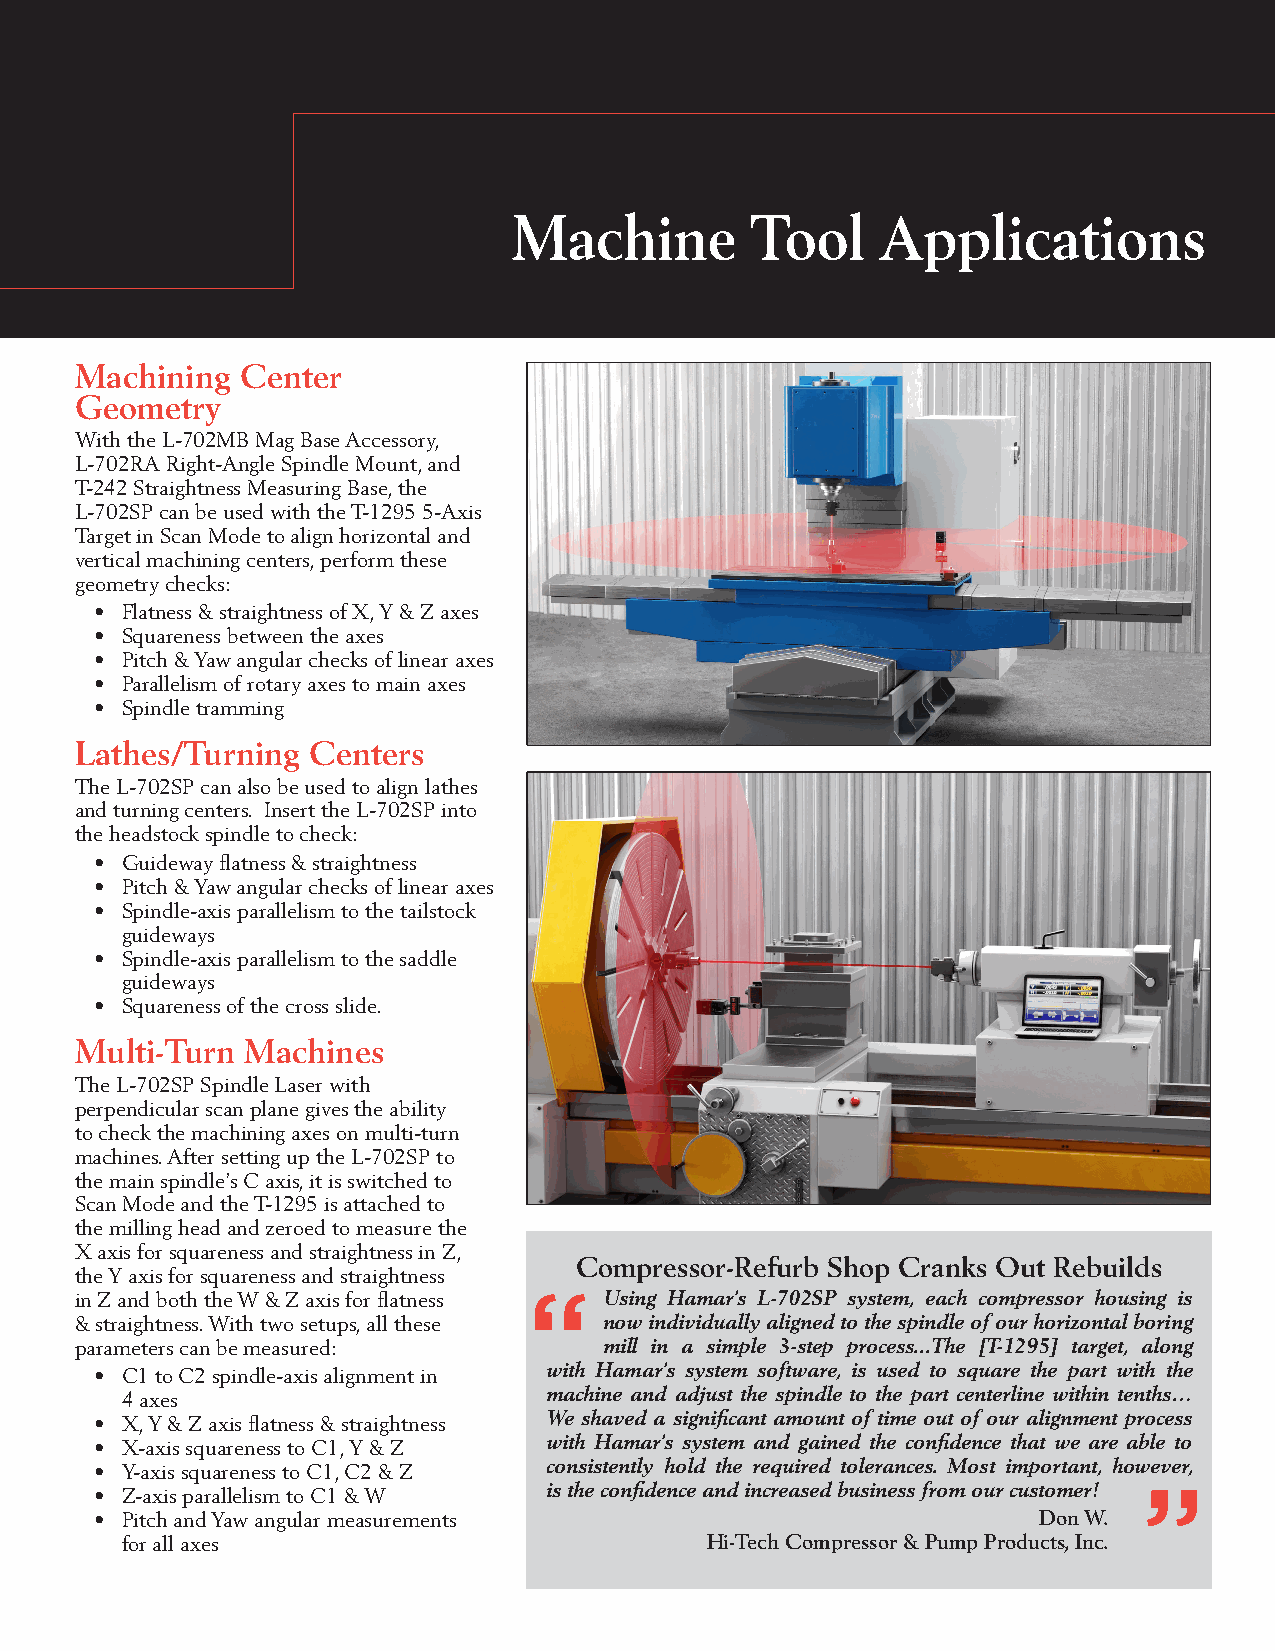
Machine         Tool    Applications
 Machining  Center
 Geometry
 With the L-702MB Mag Base Accessory,
 L-702RA Right-Angle Spindle Mount, and
 T-242 Straightness Measuring Base, the
 L-702SP can be used with the T-1295 5-Axis
 Target in Scan Mode to align horizontal and
 vertical machining centers, perform these
 geometry checks:
 • Flatness & straightness of X, Y & Z axes
 • Squareness between the axes
 • Pitch & Yaw angular checks of linear axes
 • Parallelism of rotary axes to main axes
 • Spindle tramming
 Lathes/Turning Centers
 The L-702SP can also be used to align lathes
 and turning centers. Insert the L-702SP into
 the headstock spindle to check:
 • Guideway flatness & straightness
 • Pitch & Yaw angular checks of linear axes
 • Spindle-axis parallelism to the tailstock
 guideways
 • Spindle-axis parallelism to the saddle
 guideways
 • Squareness of the cross slide.
 Multi-Turn Machines
 The L-702SP Spindle Laser with
 perpendicular scan plane gives the ability
 to check the machining axes on multi-turn
 machines. After setting up the L-702SP to
 the main spindle’s C axis, it is switched to
 Scan Mode and the T-1295 is attached to
 the milling head and zeroed to measure the
 X axis for squareness and straightness in Z,
 Compressor-Refurb Shop Cranks Out Rebuilds
 the Y axis for squareness and straightness
 in Z and both the W & Z axis for flatness Using Hamar’s L-702SP system, each compressor housing is
 & straightness. With two setups, all these now individually aligned to the spindle of our horizontal boring
 parameters can be measured:        mill in a simple 3-step process...The [T-1295] target, along
 with Hamar’s system software, is used to square the part with the
 • C1 to C2 spindle-axis alignment in
 machine and adjust the spindle to the part centerline within tenths…
 4 axes
 We shaved a significant amount of time out of our alignment process
 • X, Y & Z axis flatness & straightness
 with Hamar’s system and gained the confidence that we are able to
 • X-axis squareness to C1, Y & Z
 consistently hold the required tolerances. Most important, however,
 • Y-axis squareness to C1, C2 & Z
 is the confidence and increased business from our customer!
 • Z-axis parallelism to C1 & W
 • Pitch and Yaw angular measurements                           Don W.
 for all axes                           Hi-Tech Compressor & Pump Products, Inc.